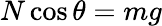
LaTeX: N\cos\theta=mg